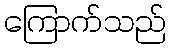
ကြောက်သည်